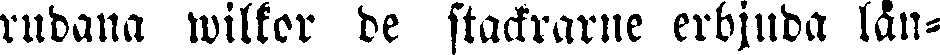
rudana wilkor de stackrarne erbjuda lån-